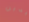
يدين